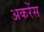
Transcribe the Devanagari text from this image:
अकरेंस